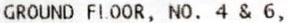
GROUND FLOOR, NO. 4 & 6,